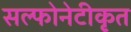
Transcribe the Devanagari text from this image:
सल्फोनेटीकृत